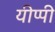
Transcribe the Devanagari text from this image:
यीप्पी